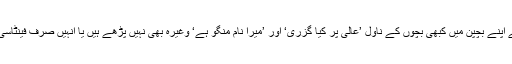
کیا ان پولیس والوں نے اپنے بچپن میں کبھی بچوں کے ناول ’عالی پر کیا گزری‘ اور ’میرا نام منگو ہے‘ وغیرہ بھی نہیں پڑھے ہیں یا انہیں صرف فینٹاسی فکشن سمجھتے ہیں؟